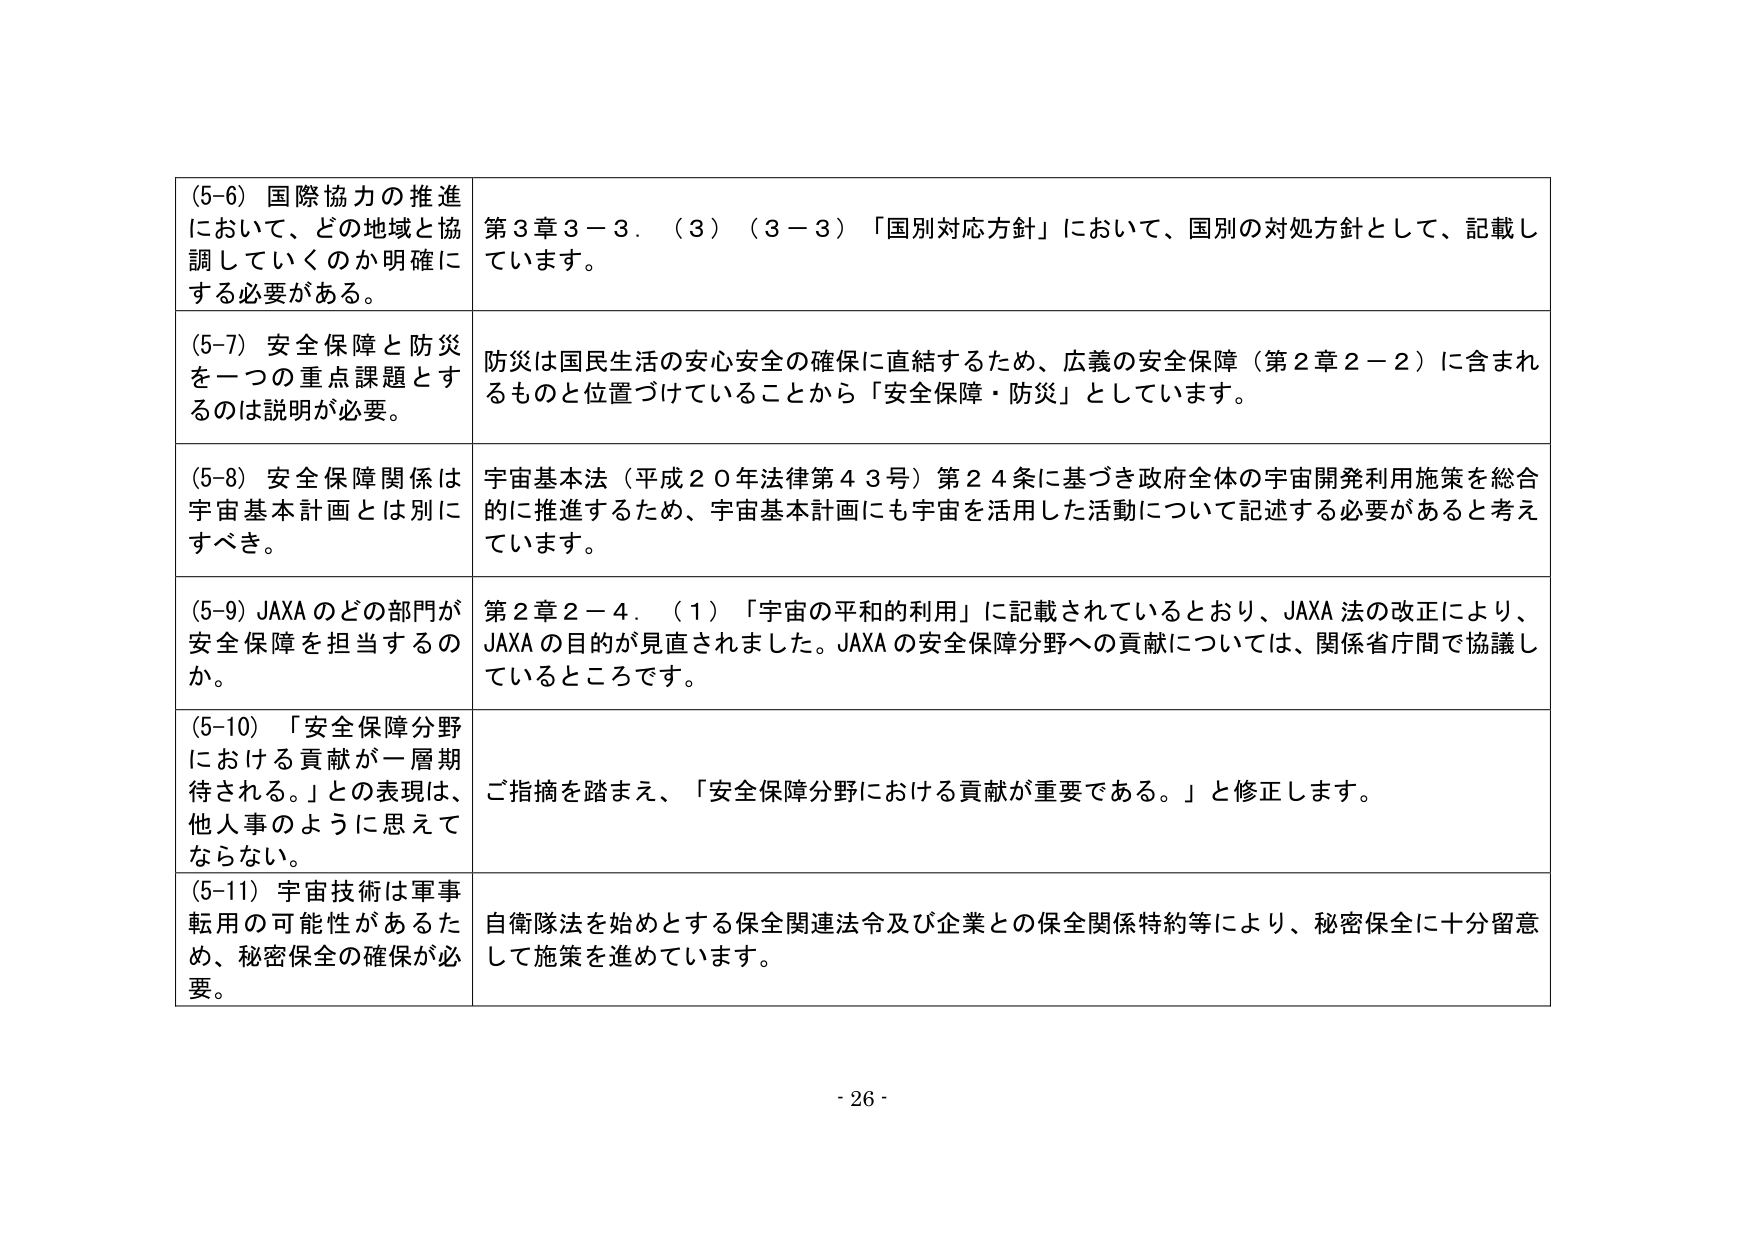
(5-6) 国際協力の推進において、どの地域と協調していくのか明確にする必要がある。

第3章3－3．（3）（3－3）「国別対応方針」において、国別の対処方針として、記載しています。

(5-7) 安全保障と防災を一つの重点課題とするのは説明が必要。

防災は国民生活の安心安全の確保に直結するため、広義の安全保障（第2章2－2）に含まれるものと位置づけていることから「安全保障・防災」としています。

(5-8) 安全保障関係は宇宙基本計画とは別にすべき。

宇宙基本法（平成20年法律第43号）第24条に基づき政府全体の宇宙開発利用施策を総合的に推進するため、宇宙基本計画にも宇宙を活用した活動について記述する必要があると考えています。

(5-9) JAXAのどの部門が安全保障を担当するのか。

第2章2－4．（1）「宇宙の平和的利用」に記載されているとおり、JAXA法の改正により、JAXAの目的が見直されました。JAXAの安全保障分野への貢献については、関係省庁間で協議しているところです。

(5-10) 「安全保障分野における貢献が一層期待される。」との表現は、他人事のように思えてならない。

ご指摘を踏まえ、「安全保障分野における貢献が重要である。」と修正します。

(5-11) 宇宙技術は軍事転用の可能性があるため、秘密保全の確保が必要。

自衛隊法を始めとする保全関連法令及び企業との保全関係特約等により、秘密保全に十分留意して施策を進めています。

- 26 -